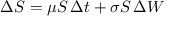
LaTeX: \Delta S = \mu S \, \Delta t + \sigma S \, \Delta W